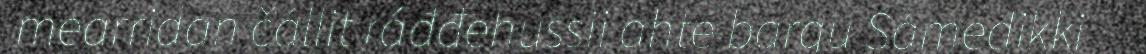
mearridan čállit ráđđehussii ahte bargu Sámedikki